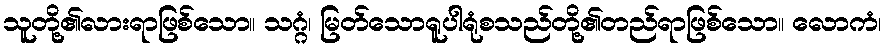
သူတို့၏လားရာဖြစ်သော။ သဂ္ဂံ၊ မြတ်သောရူပါရုံစသည်တို့၏တည်ရာဖြစ်သော။ လောကံ၊